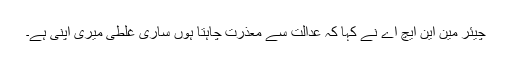
چیئر مین این ایچ اے نے کہا کہ عدالت سے معذرت چاہتا ہوں ساری غلطی میری اپنی ہے۔